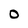
Character: O